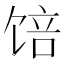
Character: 𱃾